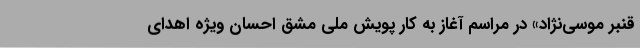
قنبر موسی‌نژاد» در مراسم آغاز به کار پویش ملی مشق احسان ویژه اهدای